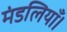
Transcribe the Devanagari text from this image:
मंडलियाँ।